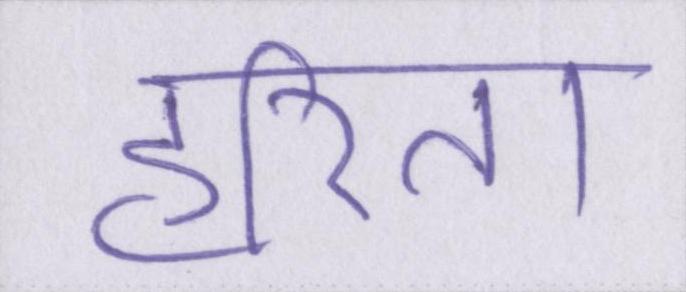
हरिता